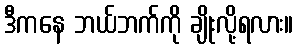
ဒီကနေ ဘယ်ဘက်ကို ချိုးလို့ရလား။